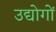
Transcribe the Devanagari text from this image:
उद्योगोंं